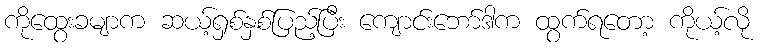
ကိုထွေးခမျာက ဆယ့်ရှစ်နှစ်ပြည့်ပြီး ကျောင်းဘော်ဒါက ထွက်ရတော့ ကိုယ့်လို